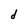
Character: d